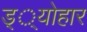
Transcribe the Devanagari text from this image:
ड््योहार